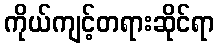
ကိုယ်ကျင့်တရားဆိုင်ရာ